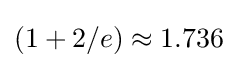
(1+2/e)\approx 1.736